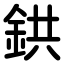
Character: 鉷